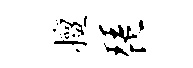
擅琵